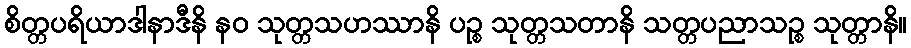
စိတ္တပရိယာဒါနာဒီနိ နဝ သုတ္တသဟဿာနိ ပဉ္စ သုတ္တသတာနိ သတ္တပညာသဉ္စ သုတ္တာနိ။